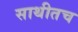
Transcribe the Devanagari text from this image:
साथीतच